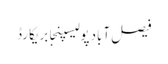
فیصل آبادپولیسپنجابریکارڈ